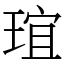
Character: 𤦌